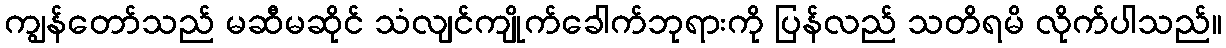
ကျွန်တော်သည် မဆီမဆိုင် သံလျင်ကျိုက်ခေါက်ဘုရားကို ပြန်လည် သတိရမိ လိုက်ပါသည်။